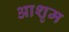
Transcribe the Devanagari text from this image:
आशृम